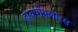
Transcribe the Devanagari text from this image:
हायपोफ्लोरस